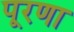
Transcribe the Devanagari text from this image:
पूरणा